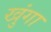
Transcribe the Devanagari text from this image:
खुंगा